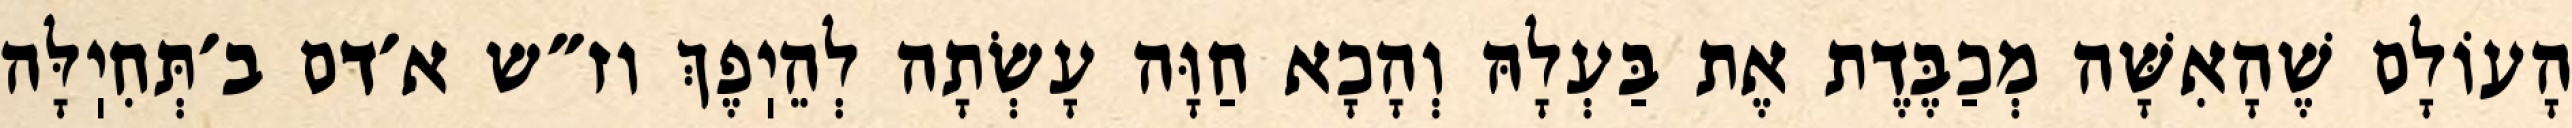
הָעוֹלָם שֶׁהָאִשָּׁה מְכַבֶּדֶת אֶת בַּעְלָהּ וְהָכָא חַוָּה עָשְׂתָה לְהֵיֽפֶךְ וז״ש א׳דם ב׳תְּחִיֽלָּה